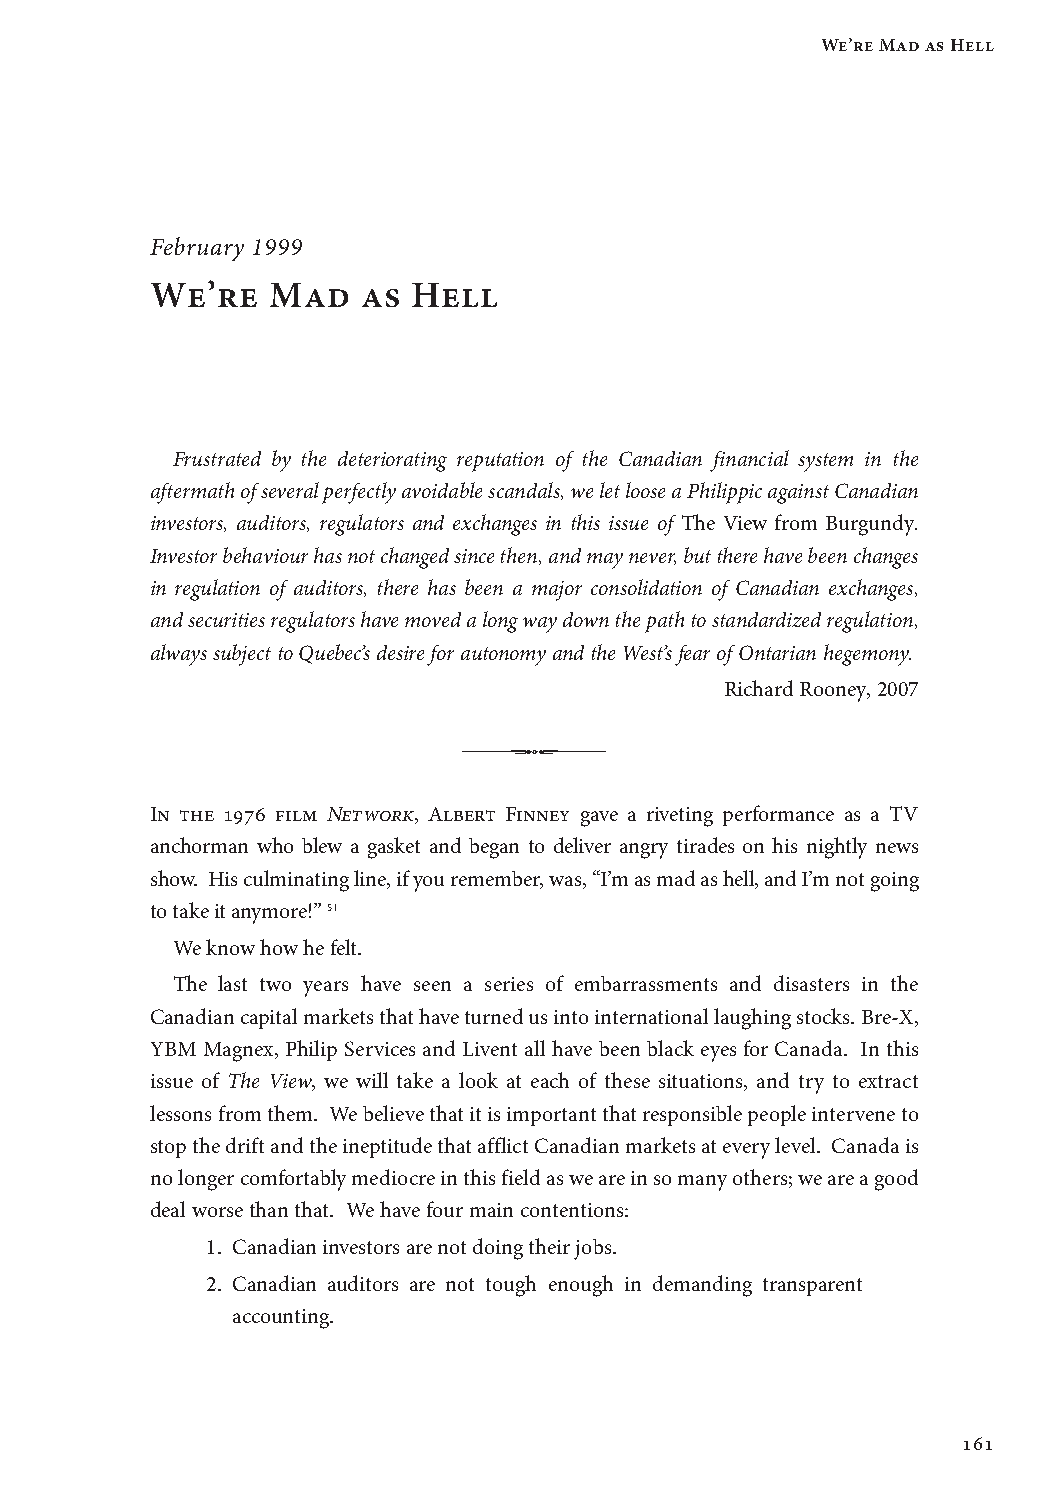
We’re Mad as Hell
 February 1999
 We’re   Mad   as Hell
 Frustrated by the deteriorating reputation of the Canadian financial system in the
 aftermath of several perfectly avoidable scandals, we let loose a Philippic against Canadian
 investors, auditors, regulators and exchanges in this issue of The View from Burgundy.
 Investor behaviour has not changed since then, and may never, but there have been changes
 in regulation of auditors, there has been a major consolidation of Canadian exchanges,
 and securities regulators have moved a long way down the path to standardized regulation,
 always subject to Quebec’s desire for autonomy and the West’s fear of Ontarian hegemony.
 Richard Rooney, 2007
 In the 1976 film Network, Albert Finney gave a riveting performance as a TV
 anchorman who blew a gasket and began to deliver angry tirades on his nightly news
 show. His culminating line, if you remember, was, “I’m as mad as hell, and I’m not going
 to take it anymore!” 51
 We know how he felt.
 The last two years have seen a series of embarrassments and disasters in the
 Canadian capital markets that have turned us into international laughing stocks. Bre-X,
 YBM Magnex, Philip Services and Livent all have been black eyes for Canada. In this
 issue of The View, we will take a look at each of these situations, and try to extract
 lessons from them. We believe that it is important that responsible people intervene to
 stop the drift and the ineptitude that afflict Canadian markets at every level. Canada is
 no longer comfortably mediocre in this field as we are in so many others; we are a good
 deal worse than that. We have four main contentions:
 1. Canadian investors are not doing their jobs.
 2. Canadian auditors are not tough enough in demanding transparent
 accounting.
 161